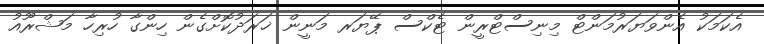
އެކަމަކު އެންވަޔަރުމަންޓް މިނިސްޓްރީން ޓެކްސް ޕޭޔަރ މަނީން ޚަރަދުކޮށްގެން ހިންގާ ހުރިހާ މަޝްރޫއު